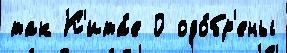
так К'ита́е 0 одо́бр'ены